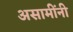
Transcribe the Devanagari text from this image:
असामींनी